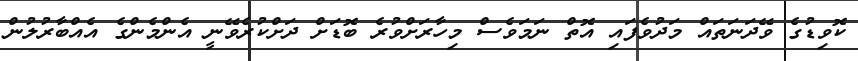
ކޮވިޑުގެ ވޭދަނަތައް މަދުވެފައި އޮތް ނަމަވެސް މިހާރަށްވުރެ ބޮޑަށް ދަށްކުރެވޭނީ އެންމެންގެ އެއްބާރުލުން